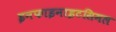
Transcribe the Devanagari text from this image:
इनफाइनाइटसिमल